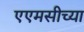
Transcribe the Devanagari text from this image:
एएमसीच्या